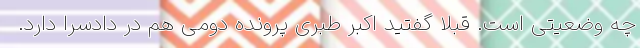
چه وضعیتی است. قبلا گفتید اکبر طبری پرونده دومی هم در دادسرا دارد.